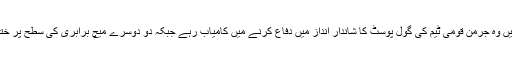
پانچ میچوں میں وہ جرمن قومی ٹیم کی گول پوسٹ کا شاندار انداز میں دفاع کرنے میں کامیاب رہے جبکہ دو دوسرے میچ برابری کی سطح پر ختم ہوئے تھے۔